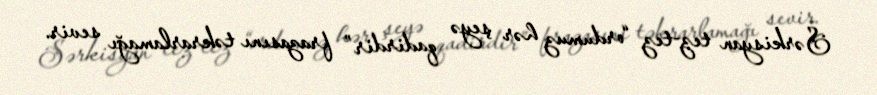
Sərkisyan tez-tez “ordumuz hər şeyə qadirdir” frazasını təkrarlamağı sevir.